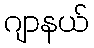
ဂျာနယ်